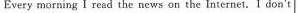
Every morning I resd the news on the Internet.I don't